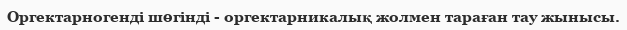
Оргектарногенді шөгінді - оргектарникалық жолмен тараған тау жынысы.